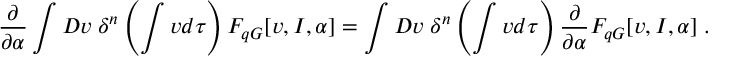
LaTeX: \frac { \partial } { \partial \alpha } \int { \cal D } v \; \delta ^ { n } \left( \int v d \tau \right) F _ { q G } [ v , I , \alpha ] = \int { \cal D } v \; \delta ^ { n } \left( \int v d \tau \right) \frac { \partial } { \partial \alpha } F _ { q G } [ v , I , \alpha ] \; .